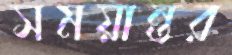
সময়ান্তর